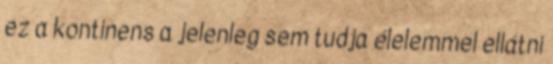
ez a kontinens a jelenleg sem tudja élelemmel ellátni